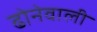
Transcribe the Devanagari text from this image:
ढोनेवाली